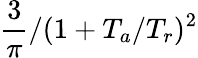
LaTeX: {\frac{3}{\pi}}/(1+T_{a}/T_{r})^{2}